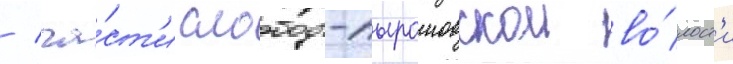
/ ча́ст'и слободо-пырошовскои во́лост'и